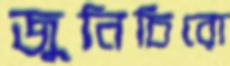
জুনিচিরো